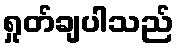
ရှုတ်ချပါသည်